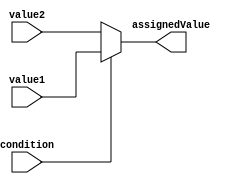
module ConditionalAssignment (
    input condition,
    input value1,
    input value2,
    output assignedValue
);

    assign assignedValue = (condition) ? value1 : value2;

endmodule